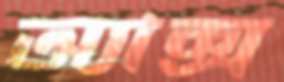
অ্যাক্স